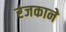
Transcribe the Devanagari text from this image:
रंजकाने